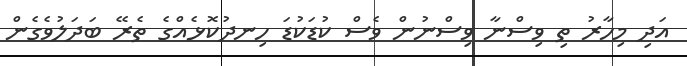
އަދި މިހާރު ތި ވިސްނާ ވިސްނުން ވެސް ކުޑަކުޑަ ހިނދުކޮޅެއްގެ ތެރޭ ބަދަލުވެގެން